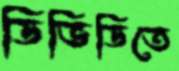
ডিভিডিতে